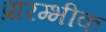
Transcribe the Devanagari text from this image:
प्रारम्भीक